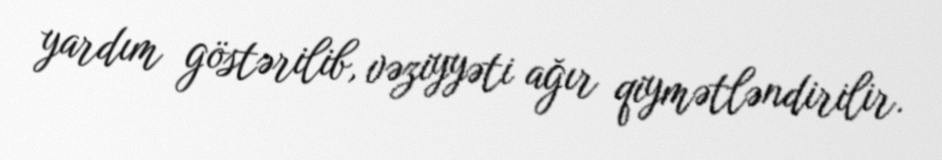
yardım göstərilib, vəziyyəti ağır qiymətləndirilir.